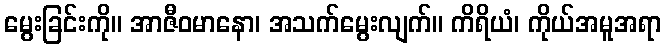
မွေးခြင်းကို။ အာဇီဝမာနော၊ အသက်မွေးလျက်။ ကိရိယံ၊ ကိုယ်အမူအရာ